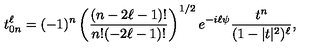
t _ { 0 n } ^ { \ell } = ( - 1 ) ^ { n } \left( \frac { ( n - 2 \ell - 1 ) ! } { n ! { ( - 2 \ell - 1 ) ! } } \right) ^ { 1 / 2 } e ^ { - i \ell \psi } \frac { t ^ { n } } { ( 1 - | t | ^ { 2 } ) ^ { \ell } } ,